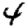
Digit: 4